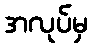
အလုပ်မှ